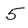
Character: 5